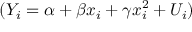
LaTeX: ( Y _ { i } = \alpha + \beta x _ { i } + \gamma x _ { i } ^ { 2 } + U _ { i } )